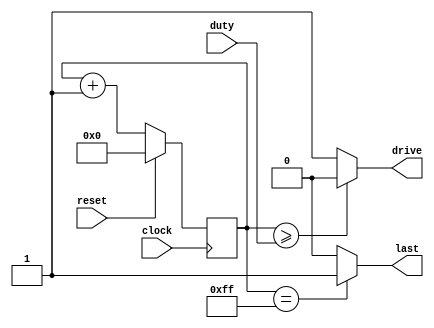
`timescale 1ns / 1ps
//////////////////////////////////////////////////////////////////////////////////
// Company: 
// Engineer: 
// 
// Design Name: 
// Module Name:    PWM 
// Project Name: 
// Target Devices: 
// Tool versions: 
// Description: 
//
// Dependencies: 
//
// Revision: 
// Revision 0.01 - File Created
// Additional Comments: 
//
//////////////////////////////////////////////////////////////////////////////////
module PWM(
    input clock,
    input reset,
    input [7:0] duty,
    output drive,
	 output last
    );

reg [7:0] period = 0;

assign drive = (period >= duty) ? 0 : 1;		// PWM output
assign last = (period == 8'hff) ? 1 : 0;		// signal for end of cycle

always @(posedge clock)
	begin
		if(reset)
			period <= 0;
		else
			period <= period + 1;
	end

endmodule